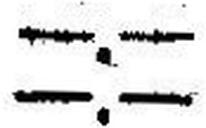
—.—